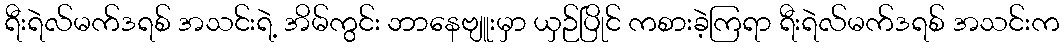
ရီးရဲလ်မက်ဒရစ် အသင်းရဲ့ အိမ်ကွင်း ဘာနေဗျူးမှာ ယှဉ်ပြိုင် ကစားခဲ့ကြရာ ရီးရဲလ်မက်ဒရစ် အသင်းက